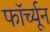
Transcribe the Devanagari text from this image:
फॉर्च्‍यून